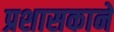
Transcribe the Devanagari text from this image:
प्रशासकाने